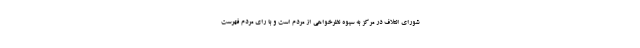
شورای ائتلاف در مرکز به سیوه نظرخواهی از مردم است و با رای مردم فهرست